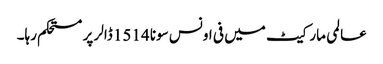
عالمی مارکیٹ میں فی اونس سونا 1514 ڈالر پر مستحکم رہا۔